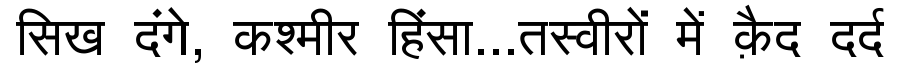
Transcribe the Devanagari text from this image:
सिख दंगे, कश्मीर हिंसा...तस्वीरों में क़ैद दर्द